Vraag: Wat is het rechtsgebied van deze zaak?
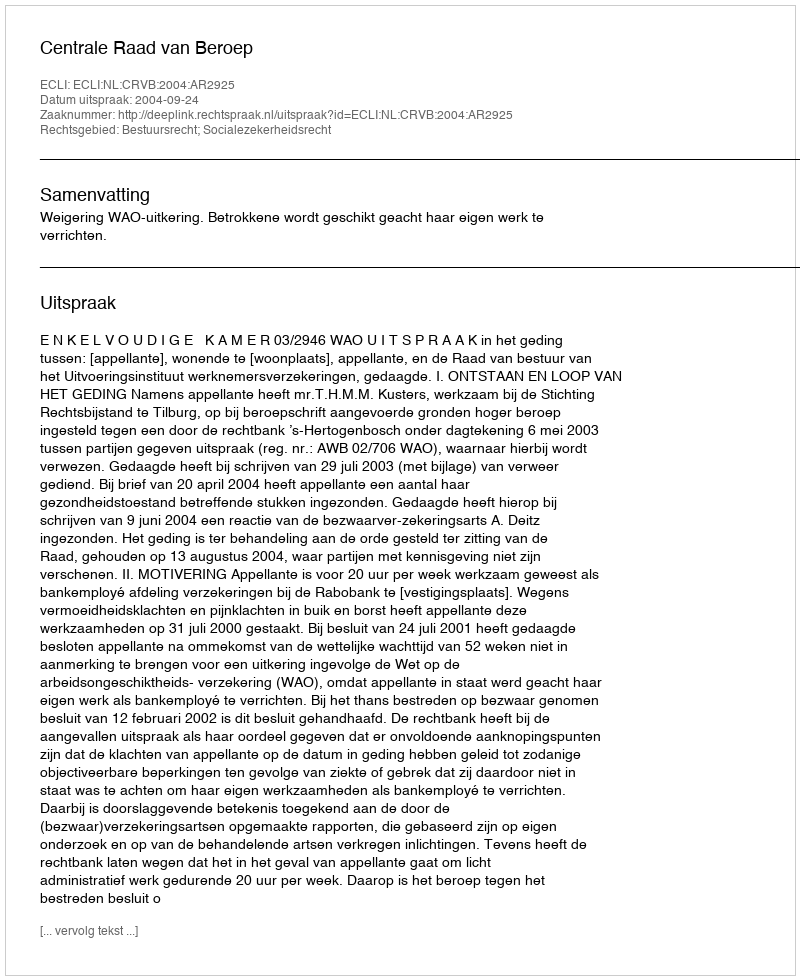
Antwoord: Bestuursrecht; Socialezekerheidsrecht